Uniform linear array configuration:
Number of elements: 16
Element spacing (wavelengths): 0.25
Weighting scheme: kaiser
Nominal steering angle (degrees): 0
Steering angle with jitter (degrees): -1.305
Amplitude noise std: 0.05
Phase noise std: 0.05

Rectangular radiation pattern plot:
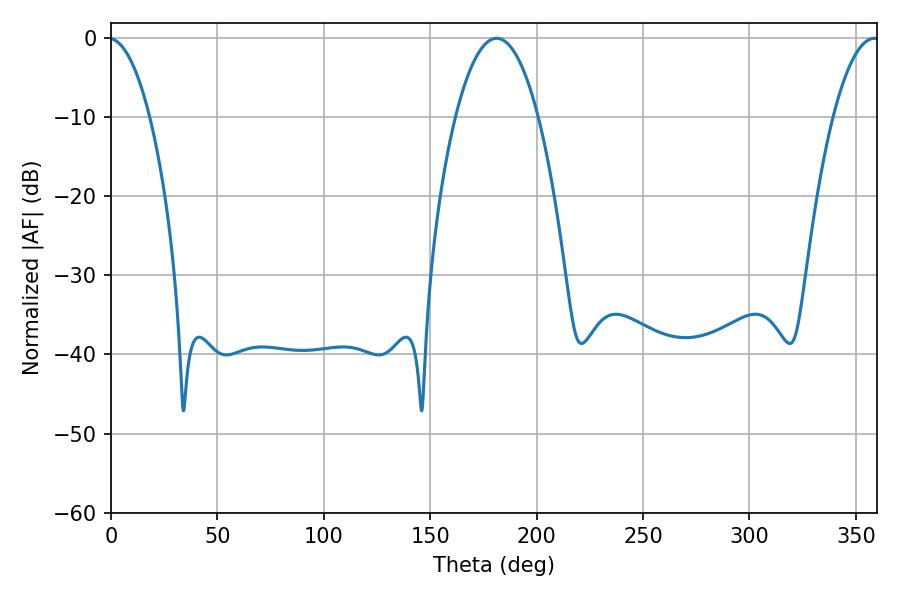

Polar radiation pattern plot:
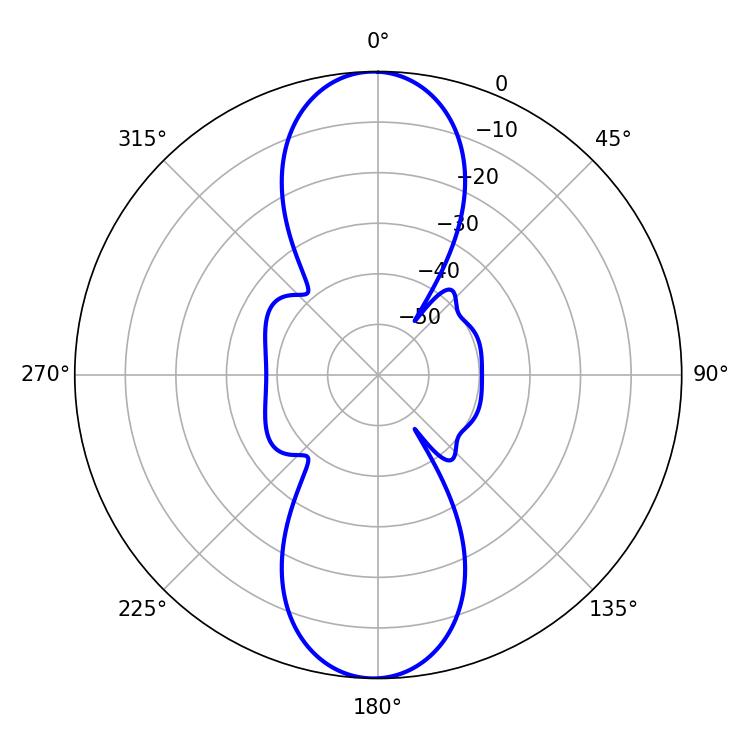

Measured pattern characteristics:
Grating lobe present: FALSE
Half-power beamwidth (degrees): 21.6
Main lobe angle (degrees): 181.26